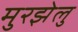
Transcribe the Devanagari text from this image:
मुरझेलु